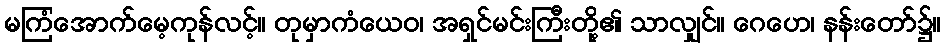
မကြံအောက်မေ့ကုန်လင့်။ တုမှာကံယေဝ၊ အရှင်မင်းကြီးတို့၏ သာလျှင်။ ဂေဟေ၊ နန်းတော်၌။